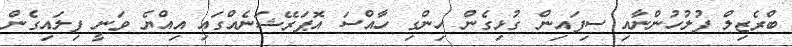
ބްރެޒިލް ފުލުހުންނާއި ސިފައިން ގުޅިގެން ހިންގި ހާއްސަ އޮޕަރޭޝަނެއްގައި އިއްޔެ ވަނީ ފިލައިގެން